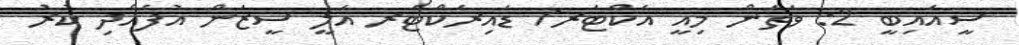
ސީއައިބީ 2: ވަތަން މިއީ އެކްޓަރ/ ޑައިރެކްޓަރ އަލީ ސީޒަން އުފެއްދި ކުރު